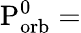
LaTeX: \mathrm{{P_{orb}^{0}=}}